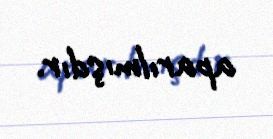
aparılmışdır.